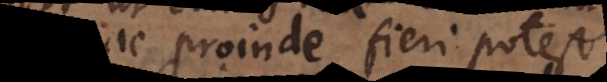
ac proinde fieri potest